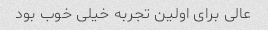
عالی برای اولین تجربه خیلی خوب بود